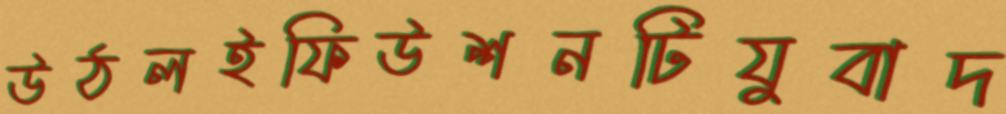
উঠলইফিউশনটিযুবাদ